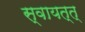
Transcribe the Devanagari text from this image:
स्वायत्त्